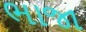
ભાજા